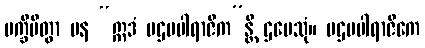
ပက္ခိပိတွာ ပန “ဣဒံ ပဌမပါရာဇိက”န္တိ ဌပေသုံ။ ပဌမပါရာဇိကေ